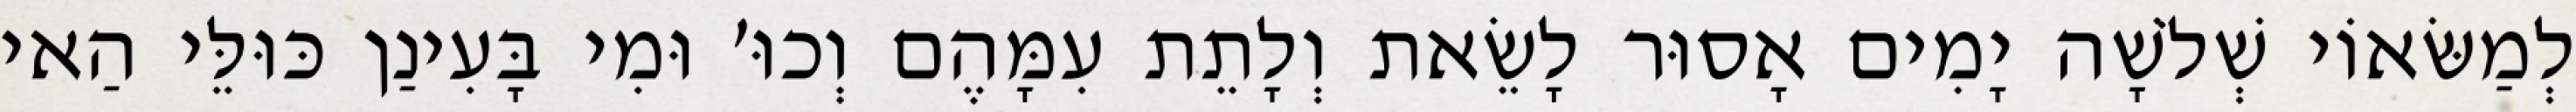
לְמַשּׂאוֹי שְׁלֹשָׁה יָמִים אָסוּר לָשֵׂאת וְלָתֵת עִמָּהֶם וְכוּ׳ וּמִי בָּעִינַן כּוּלֵּי הַאי